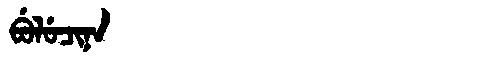
Manchu: ᠪᡠᠯᡠᠴᡳᠨᠠ
Romanization: BULUCINA